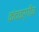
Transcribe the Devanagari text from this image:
कंदवर्गीय